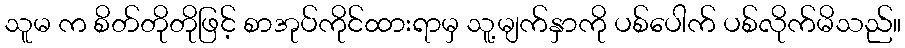
သူမ က စိတ်တိုတိုဖြင့် စာအုပ်ကိုင်ထားရာမှ သူ့မျက်နှာကို ပစ်ပေါက် ပစ်လိုက်မိသည်။